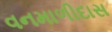
વનમાળીદાસ